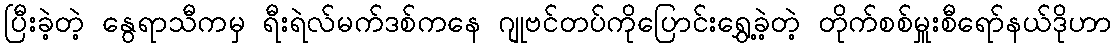
ပြီးခဲ့တဲ့ နွေရာသီကမှ ရီးရဲလ်မက်ဒစ်ကနေ ဂျုဗင်တပ်ကိုပြောင်းရွှေ့ခဲ့တဲ့ တိုက်စစ်မှူးစီရော်နယ်ဒိုဟာ